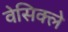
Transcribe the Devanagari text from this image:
वेसिक्ले